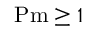
\ensuremath \mathrm { { P m } } \geq 1